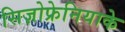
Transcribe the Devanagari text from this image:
सिज़ोफ्रेनियाके